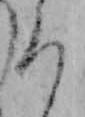
ろ